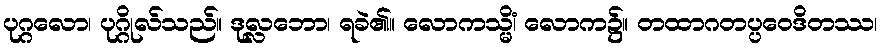
ပုဂ္ဂလော၊ ပုဂ္ဂိုလ်သည်။ ဒုလ္လဘော၊ ရခဲ၏။ လောကသ္မိံ၊ လောက၌။ တထာဂတပ္ပဝေဒိတဿ၊